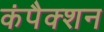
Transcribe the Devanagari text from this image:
कंपैक्शन